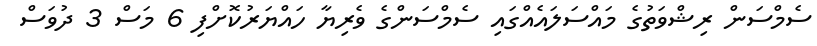
ސެމްސަން ރިޝްވަތުގެ މައްސަލައެއްގައި ސެމްސަންގެ ވެރިޔާ ހައްޔަރުކޮށްފި 6 މަސް 3 ދުވަސް